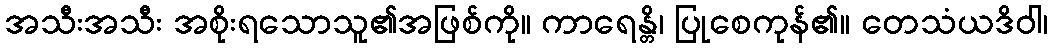
အသီးအသီး အစိုးရသောသူ၏အဖြစ်ကို။ ကာရေန္တိ၊ ပြုစေကုန်၏။ တေသံယဒိဝါ၊